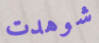
شوهدت